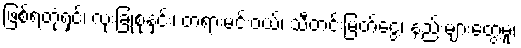
ဖြစ်ရတုံရှင့်၊ လုံးခြုံစုနှင်း၊ တရားမင်းဝယ်၊ သီတင်းမြတ်ငွေ့၊ နည်းများတွေ့မူ၊